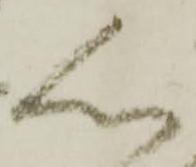
心